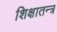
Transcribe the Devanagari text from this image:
शिक्षातन्त्र